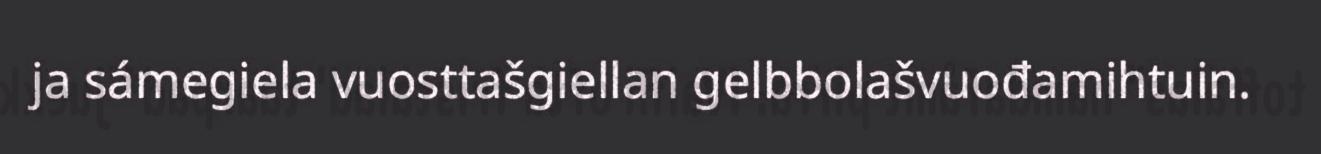
ja sámegiela vuosttašgiellan gelbbolašvuođamihtuin.